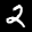
Label: 2